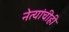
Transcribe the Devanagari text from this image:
नेत्यांचीही